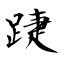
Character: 踕